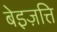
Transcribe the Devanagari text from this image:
बेइज़त्ति